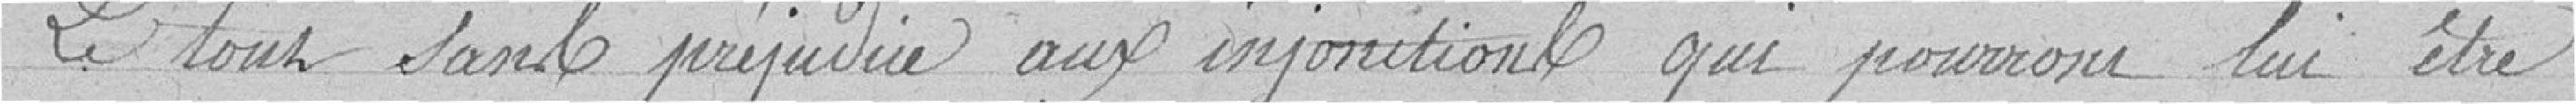
Le tout sans préjudice aux injonctions qui pourront etre